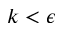
k < \epsilon